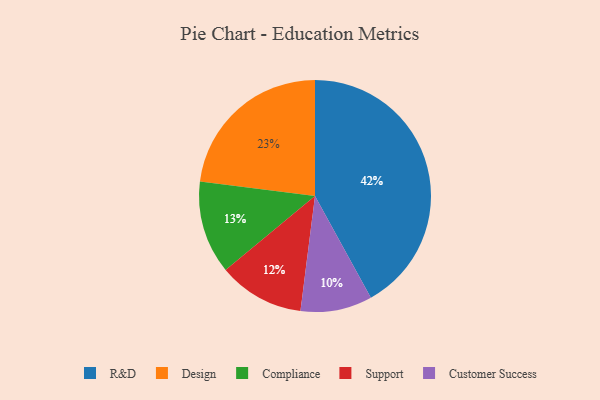
{"axis": {"x": "Category", "y": "Percentage"}, "legend": ["Compliance", "Customer Success", "Design", "R&D", "Support"], "data": [{"x": "R&D", "y": 42, "type": "R&D"}, {"x": "Design", "y": 23, "type": "Design"}, {"x": "Compliance", "y": 13, "type": "Compliance"}, {"x": "Customer Success", "y": 10, "type": "Customer Success"}, {"x": "Support", "y": 12, "type": "Support"}]}